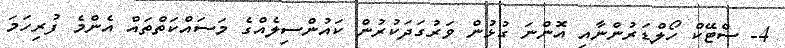
4- ސްޓޭކް ހޯލްޑަރުންނާއި އޮންނަ ގުޅުން ވަރުގަދަކުރުން ކައުންސިލެއްގެ މަސައްކަތްތައް އެންމެ ފުރިހަމަ